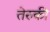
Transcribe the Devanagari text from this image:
तेरुकी